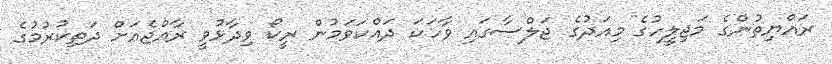
ރައްޔިތުންގެ މަޖިލީހުގެ މިއަދުގެ ޖަލްސާގައި ވާހަކަ ދައްކަވަމުން ރީކޯ ވިދާޅުވީ ރާއްޖެއަށް ދަތިކުރުމުގެ